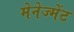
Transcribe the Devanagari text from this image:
मेनेज्मेंट